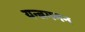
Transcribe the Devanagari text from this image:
यन्त्रगमन